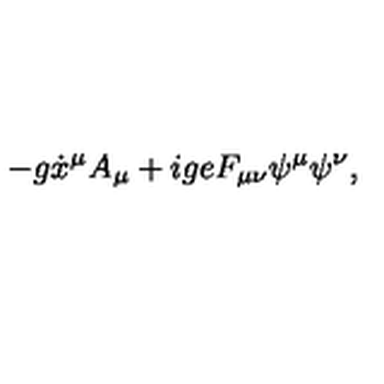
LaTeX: - g \dot { x } ^ { \mu } A _ { \mu } + i g e F _ { \mu \nu } \psi ^ { \mu } \psi ^ { \nu } ,